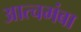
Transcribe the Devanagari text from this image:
आत्चमंबा